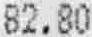
82.80